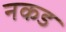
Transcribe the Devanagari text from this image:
नकड